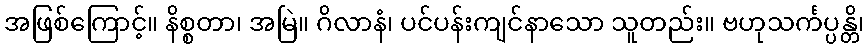
အဖြစ်ကြောင့်။ နိစ္စတာ၊ အမြဲ။ ဂိလာနံ၊ ပင်ပန်းကျင်နာသော သူတည်း။ ဗဟုသင်္ကပ္ပန္တိ၊